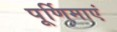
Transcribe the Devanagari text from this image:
पूर्णिमाएं